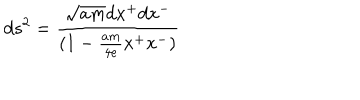
d s ^ { 2 } = { \frac { \sqrt { a m } d x ^ { + } d x ^ { - } } { ( 1 - { \frac { a m } { 4 e } } x ^ { + } x ^ { - } ) } }